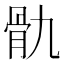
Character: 骩